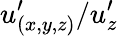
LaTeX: u_{(x,y,z)}^{\prime}/u_{z}^{\prime}